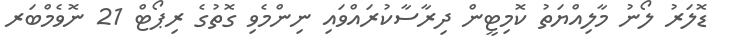
ޑޮލަރު ލޯނު މާލިއްޔަތު ކޮމިޓީން ދިރާސާކުރައްވައި ނިންމެވި ގޮތުގެ ރިޕޯޓް 21 ނޮވެމްބަރ